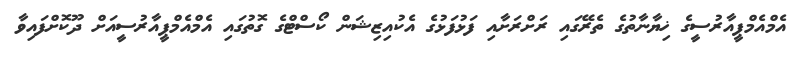
އެމްއެމްޕީއާރުސީގެ ޚިޔާނާތުގެ ތެރޭގައި ރަށްރަށާއި ފަޅުފަޅުގެ އެކުއިޒިޝަން ކޯސްޓްގެ ގޮތުގައި އެމްއެމްޕީއާރުސީއަށް ދޫކޮށްފައިވާ